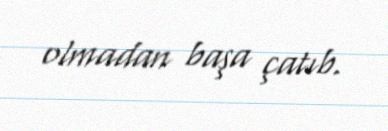
olmadan başa çatıb.